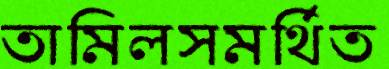
তামিলসমর্থিত